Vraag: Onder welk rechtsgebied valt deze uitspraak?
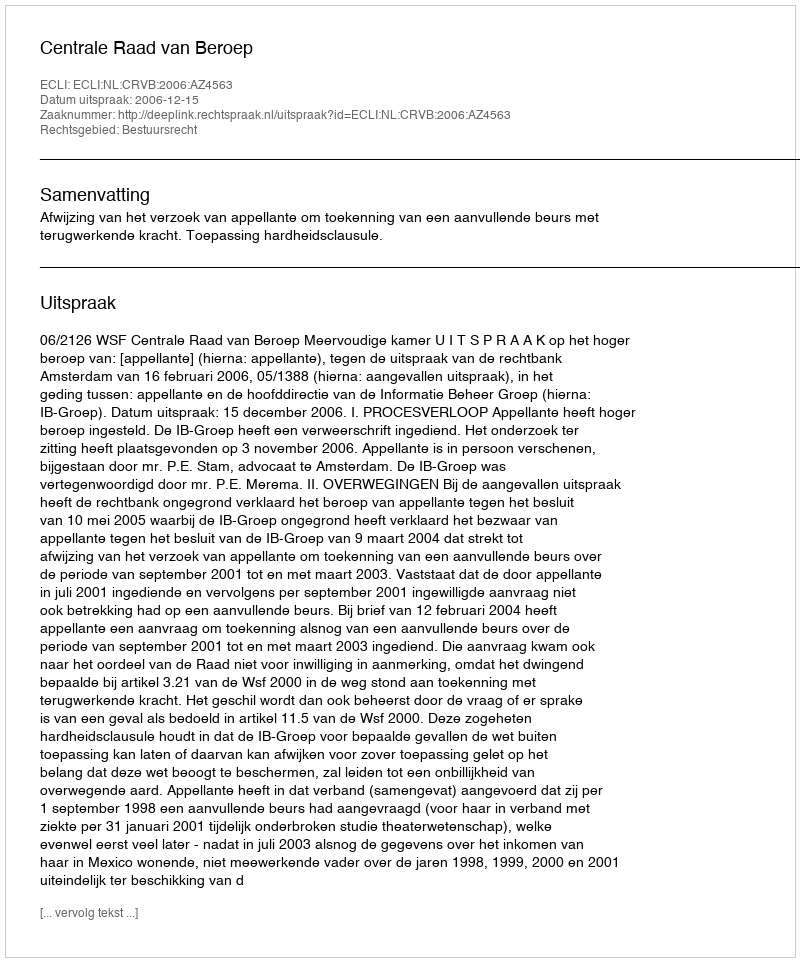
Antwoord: Bestuursrecht